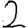
Digit: 2